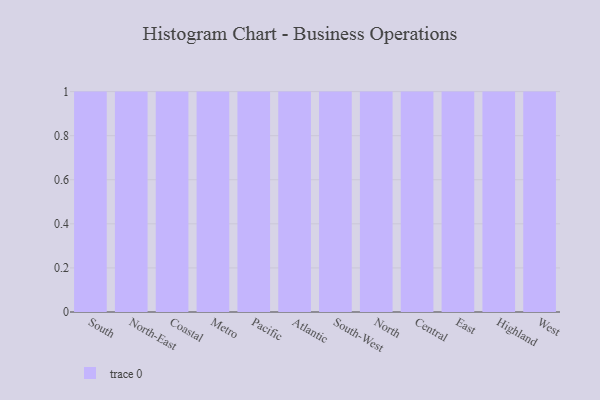
{"axis": {"x": "Region", "y": "Tickets Resolved"}, "legend": [""], "data": [{"x": "South", "y": 26, "type": ""}, {"x": "North-East", "y": 4, "type": ""}, {"x": "Coastal", "y": 90, "type": ""}, {"x": "Metro", "y": 84, "type": ""}, {"x": "Pacific", "y": 36, "type": ""}, {"x": "Atlantic", "y": 33, "type": ""}, {"x": "South-West", "y": 88, "type": ""}, {"x": "North", "y": 11, "type": ""}, {"x": "Central", "y": 80, "type": ""}, {"x": "East", "y": 36, "type": ""}, {"x": "Highland", "y": 70, "type": ""}, {"x": "West", "y": 64, "type": ""}]}